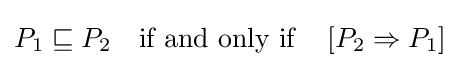
P_{1}\sqsubseteq P_{2}\quad {\text{if and only if}}\quad \left[P_{2}\Rightarrow P_{1}\right]